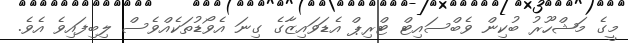
މީގެ މަޝްހޫރު ބުކިން ވެބްސައިޓް ޓްރިޕް އެޑަވައިޒާގެ ގިނަ އެވޯޑުތަކެއްވެސް ލިބިފައިވެ އެވެ.